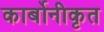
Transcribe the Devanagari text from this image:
कार्बोनीकृत